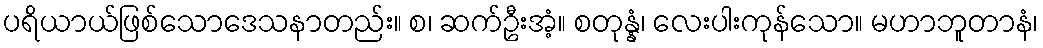
ပရိယာယ်ဖြစ်သောဒေသနာတည်း။ စ၊ ဆက်ဦးအံ့။ စတုန္နံ၊ လေးပါးကုန်သော။ မဟာဘူတာနံ၊